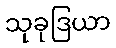
သုခုဒြယာ